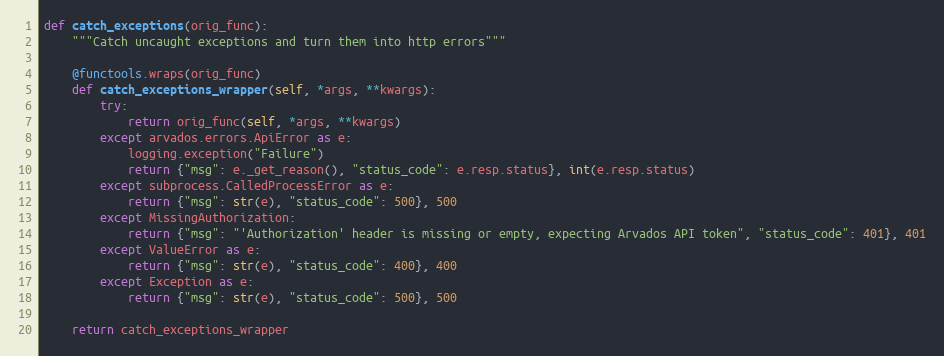
Language: Python
def catch_exceptions(orig_func):
    """Catch uncaught exceptions and turn them into http errors"""

    @functools.wraps(orig_func)
    def catch_exceptions_wrapper(self, *args, **kwargs):
        try:
            return orig_func(self, *args, **kwargs)
        except arvados.errors.ApiError as e:
            logging.exception("Failure")
            return {"msg": e._get_reason(), "status_code": e.resp.status}, int(e.resp.status)
        except subprocess.CalledProcessError as e:
            return {"msg": str(e), "status_code": 500}, 500
        except MissingAuthorization:
            return {"msg": "'Authorization' header is missing or empty, expecting Arvados API token", "status_code": 401}, 401
        except ValueError as e:
            return {"msg": str(e), "status_code": 400}, 400
        except Exception as e:
            return {"msg": str(e), "status_code": 500}, 500

    return catch_exceptions_wrapper